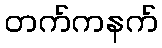
တက်ကနက်